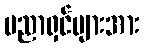
ပညာရှင်များအား